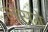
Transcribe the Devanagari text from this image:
लेसगे